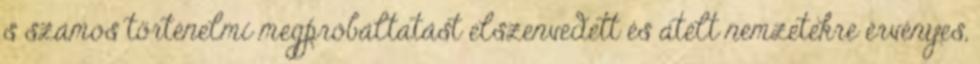
s számos történelmi megpróbáltatást elszenvedett és átélt nemzetekre érvényes,